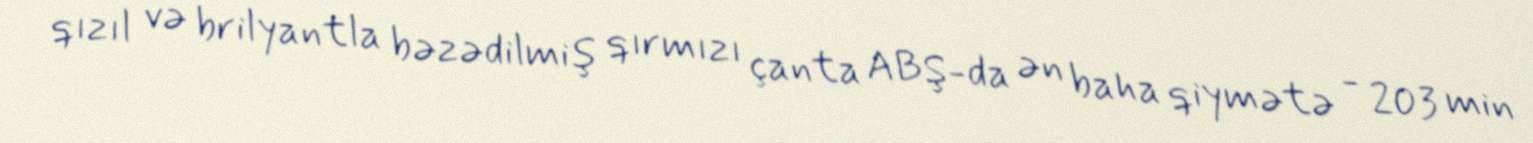
qızıl və brilyantla bəzədilmiş qırmızı çanta ABŞ-da ən baha qiymətə - 203 min